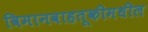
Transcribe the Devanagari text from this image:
विमानवाहतूकीमधील